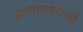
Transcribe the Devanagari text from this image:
आत्महत्येचाही